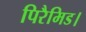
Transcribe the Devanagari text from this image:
पिरैमिड।